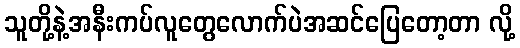
သူတို့နဲ့အနီးကပ်လူတွေလောက်ပဲအဆင်ပြေတော့တာ လို့